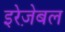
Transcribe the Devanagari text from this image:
इरेज़ेबल